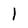
Character: l